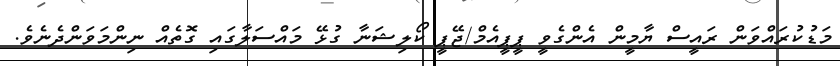
މަޑުކުރައްވަން ރައީސް ޔާމީން އެންގެވީ ޕީޕީއެމް/ޖޭޕީ ކޯލިޝަނާ ގުޅޭ މައްސަލާގައި ގޮތެއް ނިންމަވަންދެނެވެ.